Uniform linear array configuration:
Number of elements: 48
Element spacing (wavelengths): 1
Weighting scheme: binomial
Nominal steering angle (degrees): -30
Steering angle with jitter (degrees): -29.576
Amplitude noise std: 0.05
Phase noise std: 0.05

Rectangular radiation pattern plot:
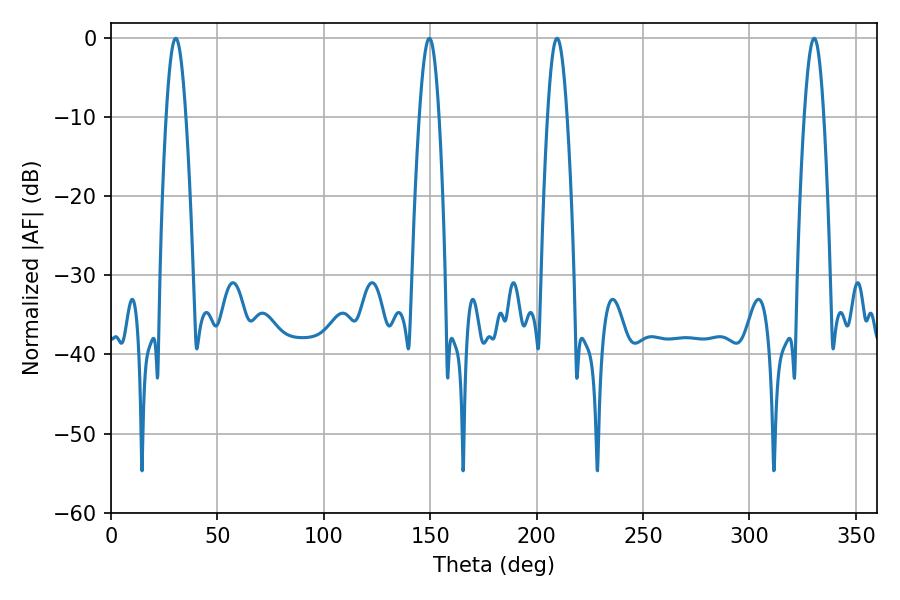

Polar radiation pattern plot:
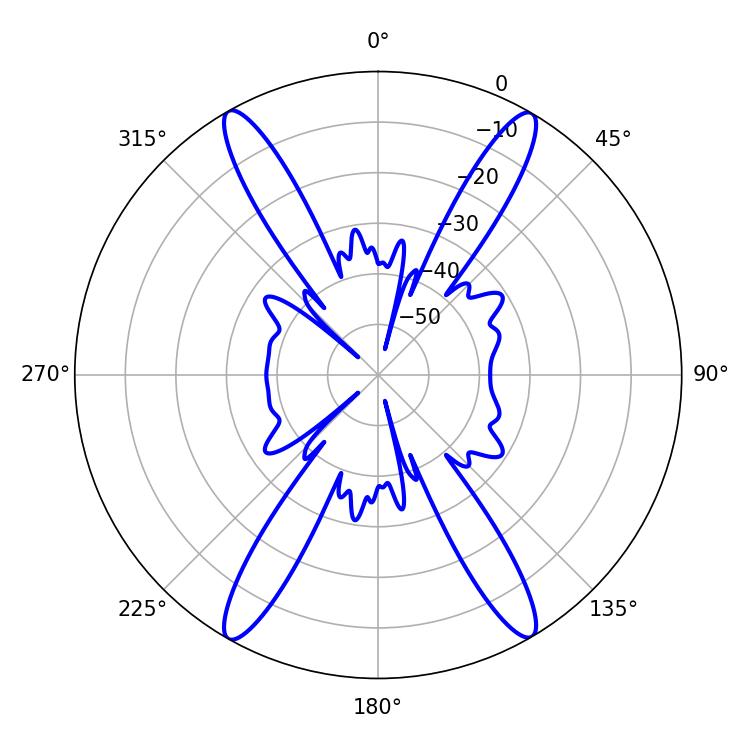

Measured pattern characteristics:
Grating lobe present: TRUE
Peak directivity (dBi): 27.713
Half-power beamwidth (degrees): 5.04
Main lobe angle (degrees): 30.42